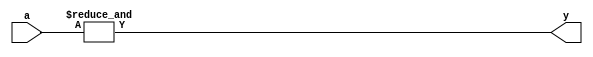
module and8(a, y);
input [7:0] a;
output y;

assign y = &a; // all of a is combined

endmodule